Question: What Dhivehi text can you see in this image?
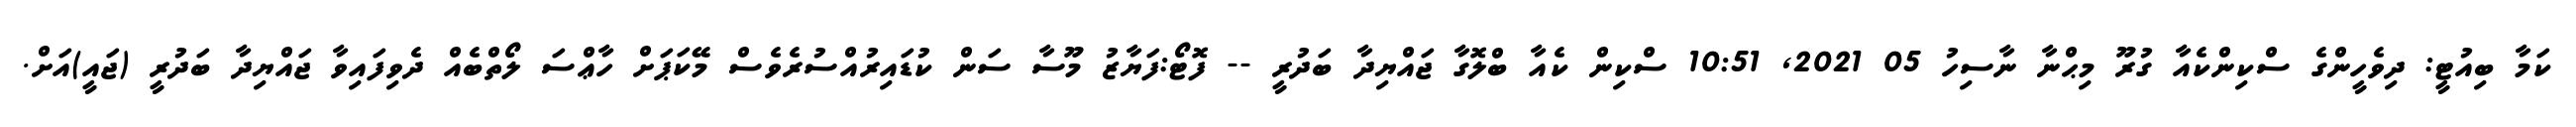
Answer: ކަމާ ބިއުޓީ: ދިވެހީންގެ ސްކިންކެއާ ގުރޫ މިޙްނާ ނާސިހު 05 2021, 10:51 ސްކިން ކެއާ ބްލޮގާ ޖައްޔިދާ ބަދުރީ -- ފޮޓޯ:ފަޔާޒު މޫސާ ސަން ކުޑައިރުއްސުރެވެސް މޭކަޕަށް ހާޢްސަ ލޯތްބެއް ދެވިފައިވާ ޖައްޔިދާ ބަދުރީ (ޖައީ)އަށް.